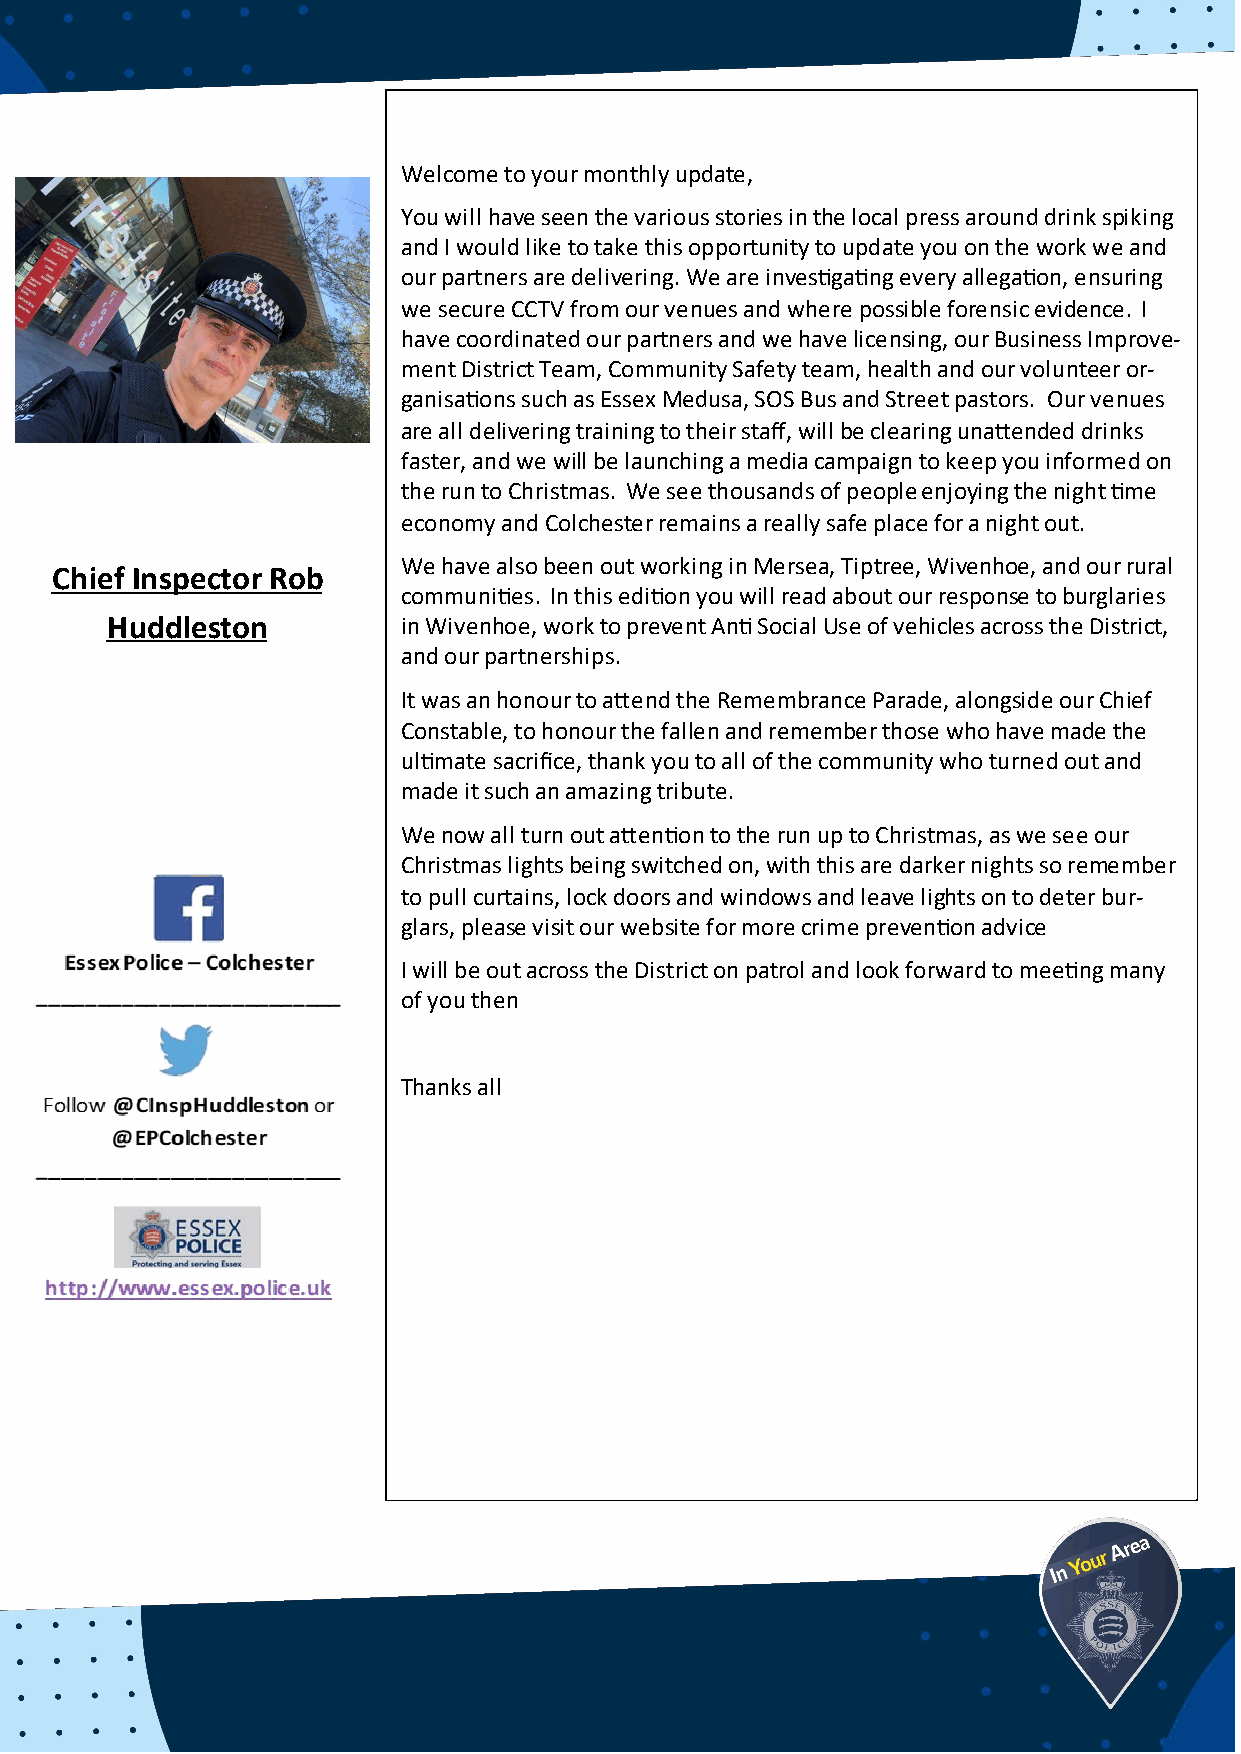
Welcome to your monthly update,
 You will have seen the various stories in the local press around drink spiking
 and I would like to take this opportunity to update you on the work we and
 our partners are delivering. We are investigating every allegation, ensuring
 we secure CCTV from our venues and where possible forensic evidence. I
 have coordinated our partners and we have licensing, our Business Improve-
 ment District Team, Community Safety team, health and our volunteer or-
 ganisations such as Essex Medusa, SOS Bus and Street pastors. Our venues
 are all delivering training to their staff, will be clearing unattended drinks
 faster, and we will be launching a media campaign to keep you informed on
 the run to Christmas. We see thousands of people enjoying the night time
 economy and Colchester remains a really safe place for a night out.
 We have also been out working in Mersea, Tiptree, Wivenhoe, and our rural
 Chief Inspector Rob
 communities. In this edition you will read about our response to burglaries
 Huddleston          in Wivenhoe, work to prevent Anti Social Use of vehicles across the District,
 and our partnerships.
 It was an honour to attend the Remembrance Parade, alongside our Chief
 Constable, to honour the fallen and remember those who have made the
 ultimate sacrifice, thank you to all of the community who turned out and
 made it such an amazing tribute.
 We now all turn out attention to the run up to Christmas, as we see our
 Christmas lights being switched on, with this are darker nights so remember
 to pull curtains, lock doors and windows and leave lights on to deter bur-
 glars, please visit our website for more crime prevention advice
 I will be out across the District on patrol and look forward to meeting many
 of you then
 Thanks all